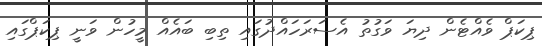
ޕިކަޕް ވެއްޓެން ދިޔަ ވަގުތު އެސަރަހައްދުގައި ތިބި ބައެއް މީހުން ވަނީ ޕިކަޕްގައި